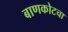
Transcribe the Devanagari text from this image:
बाणकोटचा